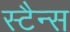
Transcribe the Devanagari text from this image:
स्टैन्स